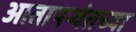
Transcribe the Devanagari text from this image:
आतापर्‍यंतच्या